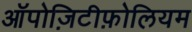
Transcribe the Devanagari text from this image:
ऑपोज़िटीफ़ोलियम